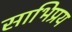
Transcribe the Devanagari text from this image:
साभिप्रय